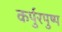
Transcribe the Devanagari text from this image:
कर्पुरपुष्प